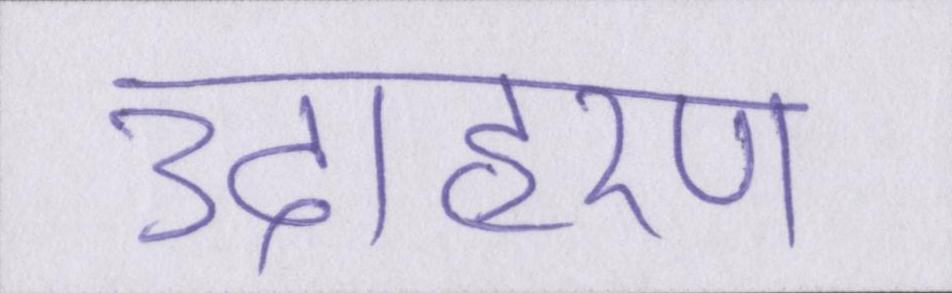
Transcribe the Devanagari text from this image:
उदाहरण